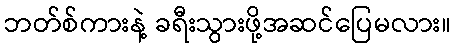
ဘတ်စ်ကားနဲ့ ခရီးသွားဖို့အဆင်ပြေမလား။